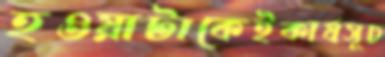
হওয়াটাকেইকার্যসূচ